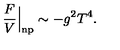
\frac { F } { V } \Big | _ { \mathrm { n p } } \sim - g ^ { 2 } T ^ { 4 } .